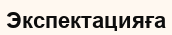
Экспектацияға